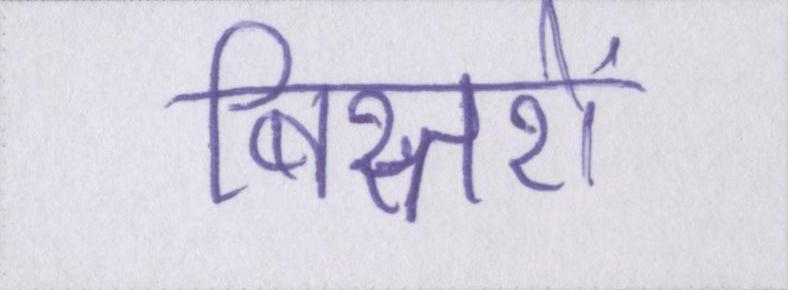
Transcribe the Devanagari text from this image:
बिस्तरों